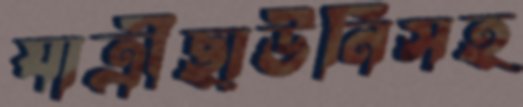
যাত্রীছাউনিসহ